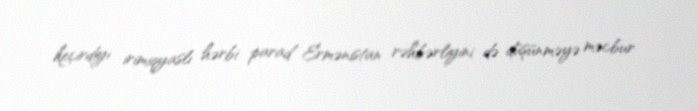
keçirdiyi irimiqyaslı hərbi parad Ermənistan rəhbərliyini də düşünməyə məcbur